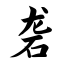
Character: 砻